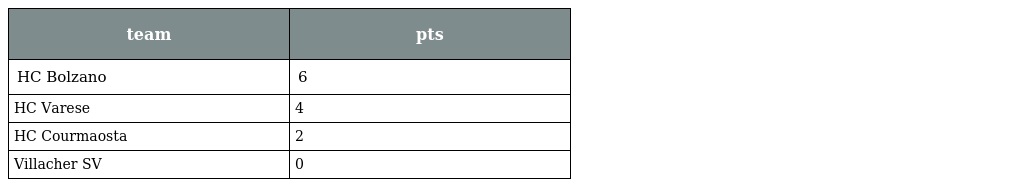
| team | pts |
 | --- | --- |
 | HC Bolzano | 6 |
 | HC Varese | 4 |
 | HC Courmaosta | 2 |
 | Villacher SV | 0 |